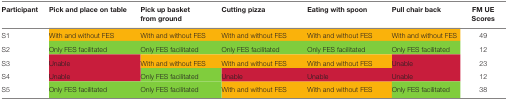
<table><thead><tr><td><b>Participant</b></td><td><b>Pick and place on table</b></td><td><b>Pick up basket from ground</b></td><td><b>Cutting pizza</b></td><td><b>Eating with spoon</b></td><td><b>Pull chair back</b></td><td><b>FM UE Scores</b></td></tr></thead><tbody><tr><td>S1</td><td>With and without FES</td><td>With and without FES</td><td>With and without FES</td><td>With and without FES</td><td>With and without FES</td><td>49</td></tr><tr><td>S2</td><td>Only FES facilitated</td><td>Only FES facilitated</td><td>Only FES facilitated</td><td>Only FES facilitated</td><td>Only FES facilitated</td><td>12</td></tr><tr><td>S3</td><td>Unable</td><td>With and without FES</td><td>With and without FES</td><td>With and without FES</td><td>Unable</td><td>23</td></tr><tr><td>S4</td><td>Unable</td><td>Only FES facilitated</td><td>Unable</td><td>Unable</td><td>Unable</td><td>12</td></tr><tr><td>S5</td><td>Only FES facilitated</td><td>Only FES facilitated</td><td>With and without FES</td><td>With and without FES</td><td>Only FES facilitated</td><td>38</td></tr></tbody></table>